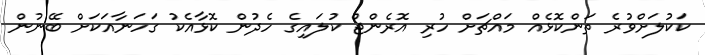
ކަކުލަށްވުރެ ތަންކޮޅެއް މައްޗަށް ހުރި އޮރެންޖް ކުލައިގެ ހެދުން ކޮޅާއެކު ގަހަނާއަކަށް ބޭނުން